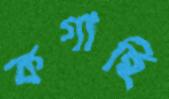
কগাছি